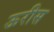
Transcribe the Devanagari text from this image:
ऊरीस